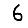
Digit: 6